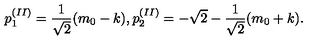
p _ { 1 } ^ { ( I I ) } = \frac { 1 } { \sqrt { 2 } } ( m _ { 0 } - k ) , p _ { 2 } ^ { ( I I ) } = - \sqrt { 2 } - \frac { 1 } { \sqrt { 2 } } ( m _ { 0 } + k ) .